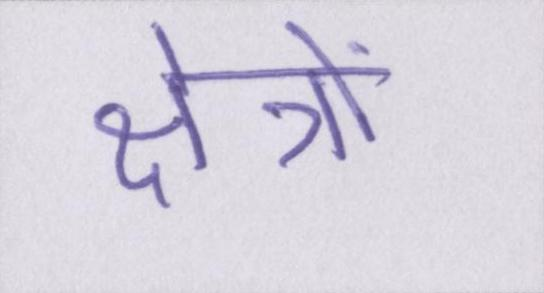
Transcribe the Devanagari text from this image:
क्षेत्रों